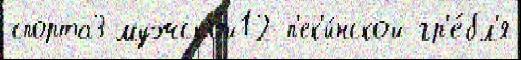
спорта3 мужской12 п'ек'и́нской гр'е́бл'я